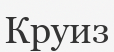
Круиз